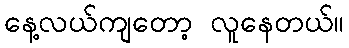
နေ့လယ်ကျတော့ လူနေတယ်။